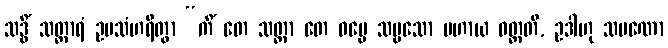
သဒ္ဓိံ သတ္ထာရံ ဥပသံဟရိတွာ “ကိံ တေ သတ္ထာ တေ ဓမ္မေ သဗ္ဗသော ပဟာယ ဝတ္တတိ, ဥဒါဟု သမဏော